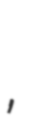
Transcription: Ви́нники,